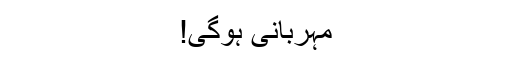
مہربانی ہوگی!